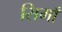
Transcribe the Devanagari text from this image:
सिमाँ